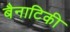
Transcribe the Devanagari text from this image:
बैनाटिकी